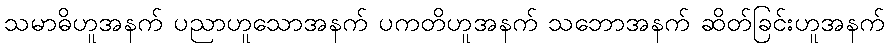
သမာဓိဟူအနက် ပညာဟူသောအနက် ပကတိဟူအနက် သဘောအနက် ဆိတ်ခြင်းဟူအနက်